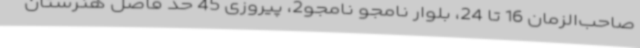
صاحب‌الزمان 16 تا 24، بلوار نامجو نامجو2، پیروزی 45 حد فاصل هنرستان